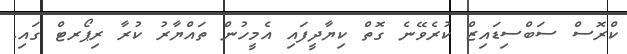
ކްރޮސް ސަބްސިޑައިޒް ކުރެވޭނެ ގޮތް ކިޔާދީފައި އެމީހުން ތައްޔާރު ކުރާ ރިޕޯރޓް ގައި.